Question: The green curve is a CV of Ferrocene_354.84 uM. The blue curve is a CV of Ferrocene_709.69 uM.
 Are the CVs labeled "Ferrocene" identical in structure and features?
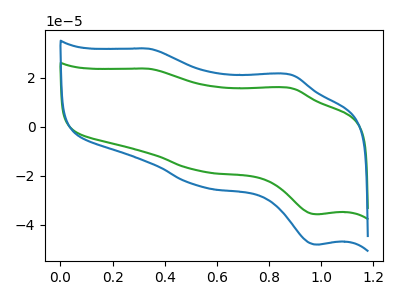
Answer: <think>The green curve "Ferrocene_354.84 uM" has anodic peaks at (0.35V, 23.65uA) (0.90V, 15.75uA) and cathodic peaks at (0.55V, -18.15uA) (1.00V, -35.75uA). The blue curve "Ferrocene_709.69 uM" has anodic peaks at (0.35V, 31.85uA) (0.90V, 21.15uA) and cathodic peaks at (0.55V, -24.45uA) (1.00V, -48.15uA).
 All the peaks in "Ferrocene_354.84 uM" have a peak in "Ferrocene_709.69 uM" at the same potential. Every peak in "Ferrocene_354.84 uM" is lower than every peak in "Ferrocene_709.69 uM".</think>
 <answer>All the CV's of "Ferrocene" have similar shape.</answer>
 <eval>follow_rule</eval>